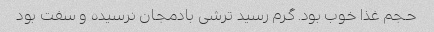
حجم غذا خوب بود. گرم رسید ترشی بادمجان نرسیده و سفت بود